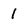
Character: 1